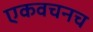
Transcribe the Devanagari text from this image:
एकवचनच